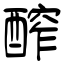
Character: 醡